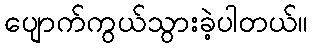
ပျောက်ကွယ်သွားခဲ့ပါတယ်။